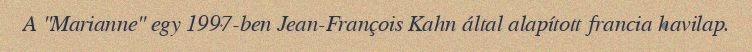
A "Marianne" egy 1997-ben Jean-François Kahn által alapított francia havilap.